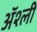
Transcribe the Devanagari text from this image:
ॲश्ली